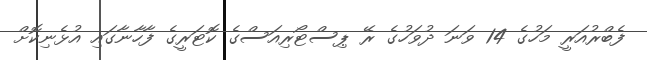
ފެބްރުއަރީ މަހުގެ 14 ވަނަ ދުވަހުގެ ރޭ ޕިސްޓޯރިއަސްގެ ކޮޓަރީގެ ފާހާނާގައި އުޅެނިކޮށް